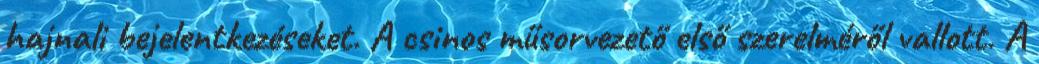
haj­nali be­je­lent­ke­zé­se­ket. A csi­nos mű­sor­ve­zető első sze­rel­mé­ről val­lott. A